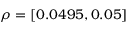
\rho = [ 0 . 0 4 9 5 , 0 . 0 5 ]